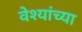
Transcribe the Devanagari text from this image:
वेश्यांच्या